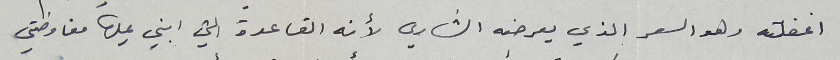
اغفلته وهو السعر الذي يعرضه الشاري لأنه القاعدة التي ابني عليها مفاوضتي